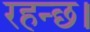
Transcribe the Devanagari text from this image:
रहन्छ।